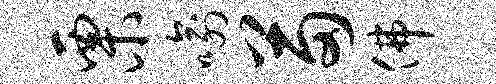
栗喻苗佛